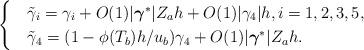
LaTeX: \begin{align*}\begin{cases}&\tilde{\gamma}_i=\gamma_i+O(1)|\boldsymbol{\gamma}^{*}|Z_{a}h+O(1)|\gamma_4|h,i=1,2,3,5,\\&\tilde{\gamma}_4=(1-{\phi(T_b)h}/{u_b})\gamma_4+O(1)|\boldsymbol{\gamma}^{*}|Z_{a}h.\end{cases}\end{align*}